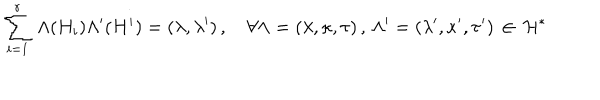
\sum _ { i = 1 } ^ { r } \, \Lambda ( H _ { i } ) \Lambda ^ { \prime } ( H ^ { i } ) = ( \lambda , \lambda ^ { \prime } ) \, , ~ \forall \Lambda = ( \lambda , \kappa , \tau ) \, , \, \Lambda ^ { \prime } = ( \lambda ^ { \prime } , \kappa ^ { \prime } , \tau ^ { \prime } ) \, \in \, { \cal H } ^ { * }